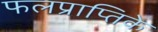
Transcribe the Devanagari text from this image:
फलप्राप्तिके